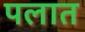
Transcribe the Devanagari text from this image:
पलात